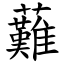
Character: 䕼